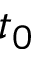
t _ { 0 }